Leaving Certificate Examination (including Day School Certificate (Higher) General paper), 1939
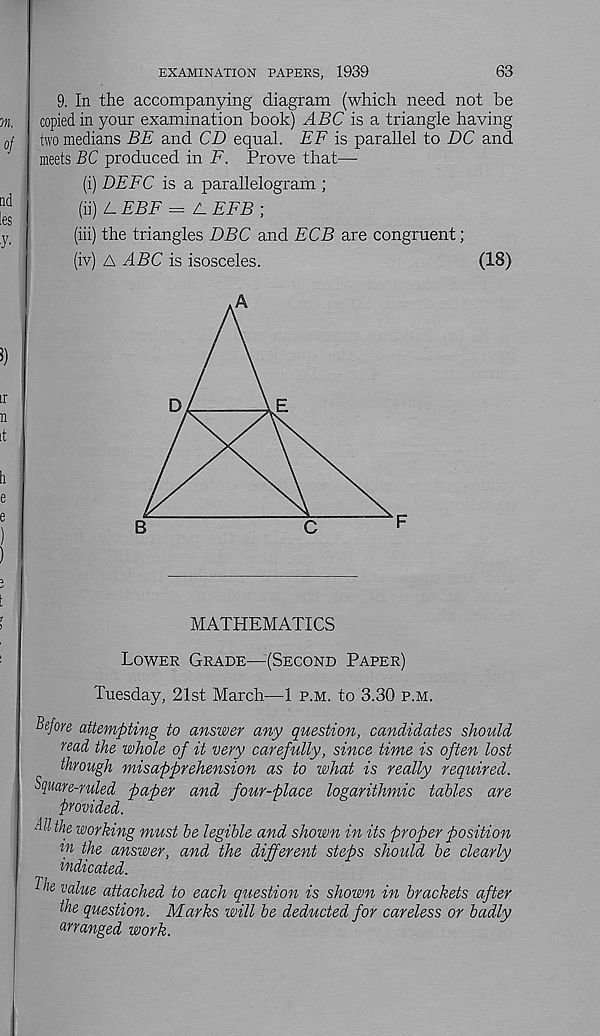
63
EXAMINATION PAPERS, 1939
9. In the accompanying diagram (which need not be
copied in your examination book) ABC is a triangle having
two medians BE and CD equal. EF is parallel to DC and
meets BC produced in F. Prove that—
(i) DEFC is a parallelogram ;
(ii) Z_ EBF = A EFB ;
(hi) the triangles DBC and ECB are congruent;
(iv) A ABC is isosceles.
(18)
MATHEMATICS
Lower Grade—(Second Paper)
Tuesday, 21st March—1 p.m. to 3.30 p.m.
Before attempting to answer any question, candidates should
read the whole of it very carefully, since time is often lost
through misapprehension as to what is really required.
Spare-ruled paper and four-place logarithmic tables are
provided.
All the working must be legible and shown in its proper position
ln the answer, and the different steps should be clearly
indicated.
Bhe value attached to each question is shown in brackets after
the question. Marks will be deducted for careless or badly
arranged work.